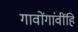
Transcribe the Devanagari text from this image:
गावोंगांवींहि